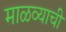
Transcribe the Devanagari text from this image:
माळव्याची